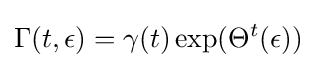
\Gamma (t,\epsilon )=\gamma (t)\exp(\Theta ^{t}(\epsilon ))